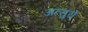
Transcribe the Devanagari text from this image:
अत्सुरो